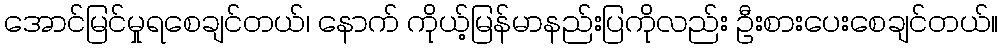
အောင်မြင်မှုရစေချင်တယ်၊ နောက် ကိုယ့်မြန်မာနည်းပြကိုလည်း ဦးစားပေးစေချင်တယ်။